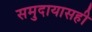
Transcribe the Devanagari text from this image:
समुदायासही